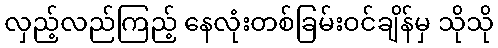
လှည့်လည်ကြည့် နေလုံးတစ်ခြမ်းဝင်ချိန်မှ သိုသို